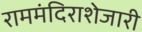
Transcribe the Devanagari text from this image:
राममंदिराशेजारी